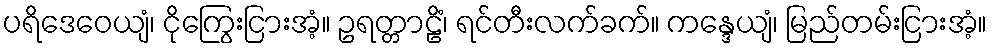
ပရိဒေဝေယျံ၊ ငိုကြွေးငြားအံ့။ ဥရတ္တာဠိံ၊ ရင်တီးလက်ခက်။ ကန္ဒေယျံ၊ မြည်တမ်းငြားအံ့။